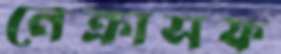
নেক্রাসফ